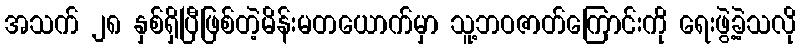
အသက် ၂၈ နှစ်ရှိပြီဖြစ်တဲ့မိန်းမတယောက်မှာ သူ့ဘဝဇာတ်ကြောင်းကို ရေးဖွဲ့ခဲ့သလို